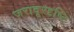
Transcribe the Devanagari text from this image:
जरादूरदृष्टि